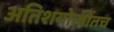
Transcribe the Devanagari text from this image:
अतिशयोक्तींतच